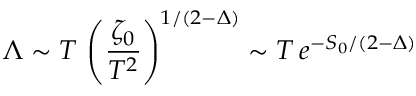
\Lambda \sim T \, \left( \frac { \zeta _ { 0 } } { T ^ { 2 } } \right) ^ { 1 / ( 2 - \Delta ) } \sim T \, e ^ { - S _ { 0 } / ( 2 - \Delta ) }